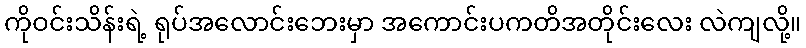
ကိုဝင်းသိန်းရဲ့ ရုပ်အလောင်းဘေးမှာ အကောင်းပကတိအတိုင်းလေး လဲကျလို့။